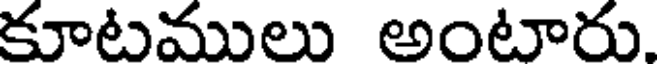
కూటములు అంటారు.